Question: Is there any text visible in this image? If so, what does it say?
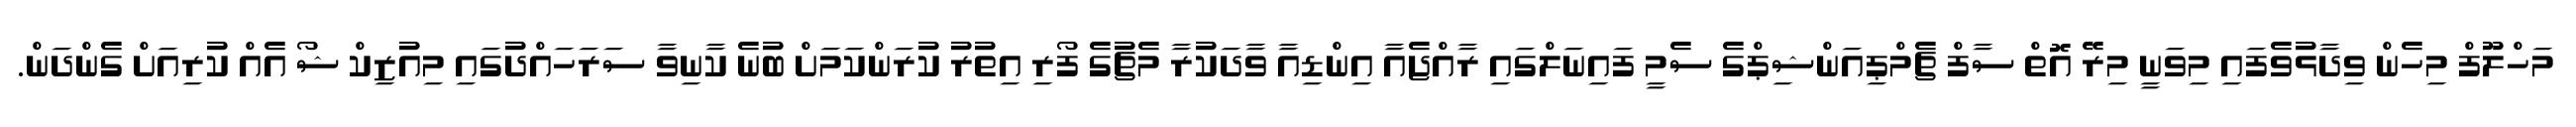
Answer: މަހްލޫފް މިހެން ވިދާޅުވެފައި މިވަނީ މިރޭ އޮތް ސާފް ޗެމްޕިއަންޝިޕްގެ ސެމީ ފައިނަލްގައި ރާއްޖެއާ އިންޑިއާ ވާދަކުރާ މެޗުގެ ފޯރި އިތުރު ކުރަންކަމަށް ބުނެ ކާނިވާ ސަރަހައްދުގައި މިއުޒިކް ޝޯ އެއް ކުރިއަށް ގެންދަން.